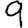
Digit: 9